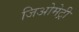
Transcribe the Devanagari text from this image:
जिअोमेट्री